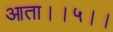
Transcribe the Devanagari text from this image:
आता।।५।।